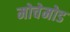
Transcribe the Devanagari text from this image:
मोचेमोड